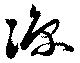
凉